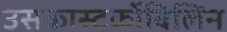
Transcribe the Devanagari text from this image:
उसकास्‍टर्कोबिलिन